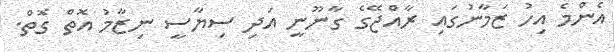
އެންމެ އިހު ޒަމާނުގައި ރާއްޖޭގެ ގާނޫނީ އަދިި ސިޔާސީ ނިޒާމު އޮތް ގޮތް.